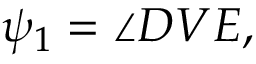
\psi _ { 1 } = \angle D V E ,